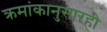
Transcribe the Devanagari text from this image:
क्रमांकानुसारही